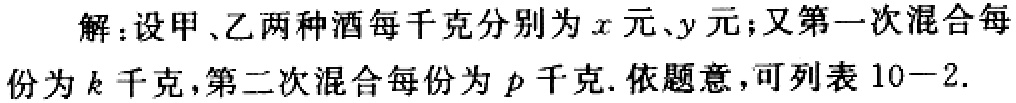
解：设甲、乙两种酒每千克分别为\(x\)元、\(y\)元；又第一次混合每份为\(k\)千克，第二次混合每份为\(p\)千克. 依题意，可列表\(10 - 2\).